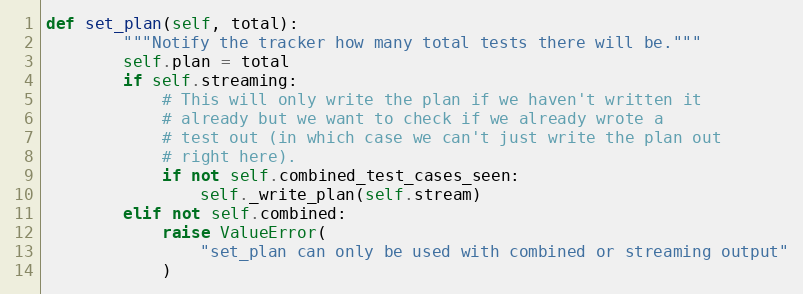
Language: Python
def set_plan(self, total):
        """Notify the tracker how many total tests there will be."""
        self.plan = total
        if self.streaming:
            # This will only write the plan if we haven't written it
            # already but we want to check if we already wrote a
            # test out (in which case we can't just write the plan out
            # right here).
            if not self.combined_test_cases_seen:
                self._write_plan(self.stream)
        elif not self.combined:
            raise ValueError(
                "set_plan can only be used with combined or streaming output"
            )